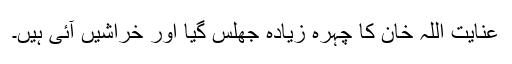
عنایت اللہ خان کا چہرہ زیادہ جھلس گیا اور خراشیں آئی ہیں۔